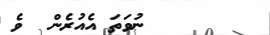
١٥١      ނުވަތަ އެއުރެން  ވެ